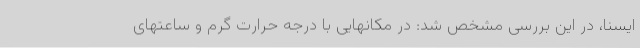
ایسنا، در این بررسی مشخص شد: در مکانهایی با درجه حرارت گرم و ساعتهای